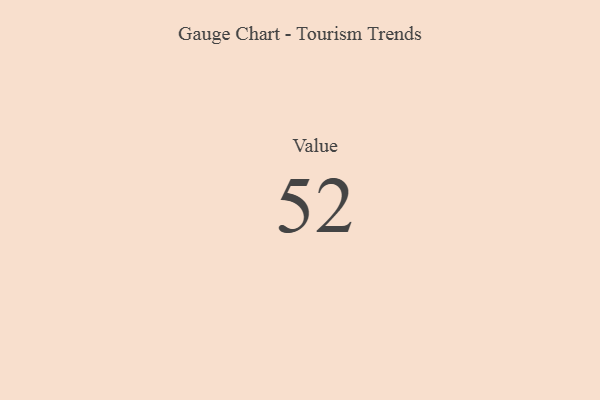
{"axis": {"x": "Metric", "y": "Value"}, "legend": [""], "data": [{"x": "Value", "y": 52, "type": ""}]}